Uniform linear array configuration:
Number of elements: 12
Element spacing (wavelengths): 1
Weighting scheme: blackman
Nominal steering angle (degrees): -30
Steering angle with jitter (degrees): -29.39
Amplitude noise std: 0.05
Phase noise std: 0.05

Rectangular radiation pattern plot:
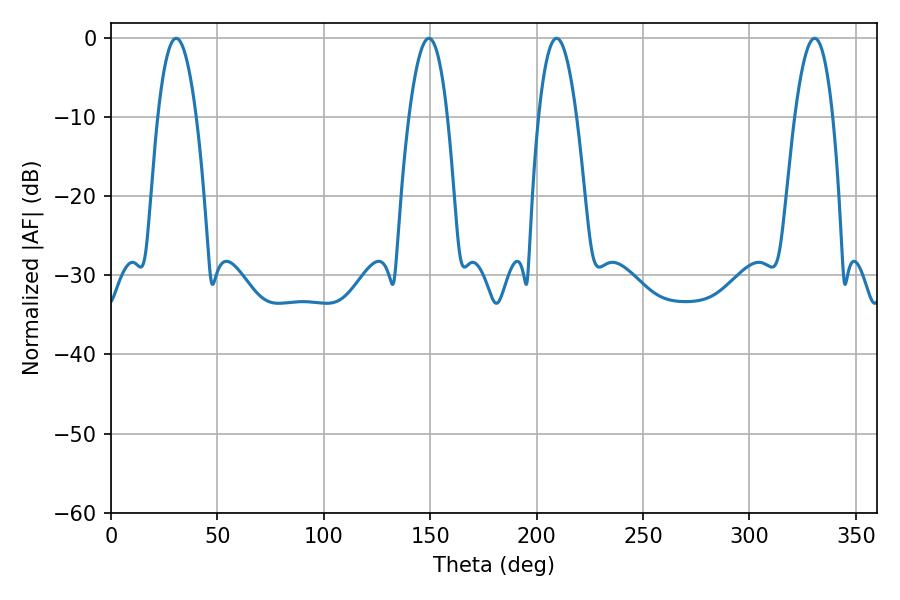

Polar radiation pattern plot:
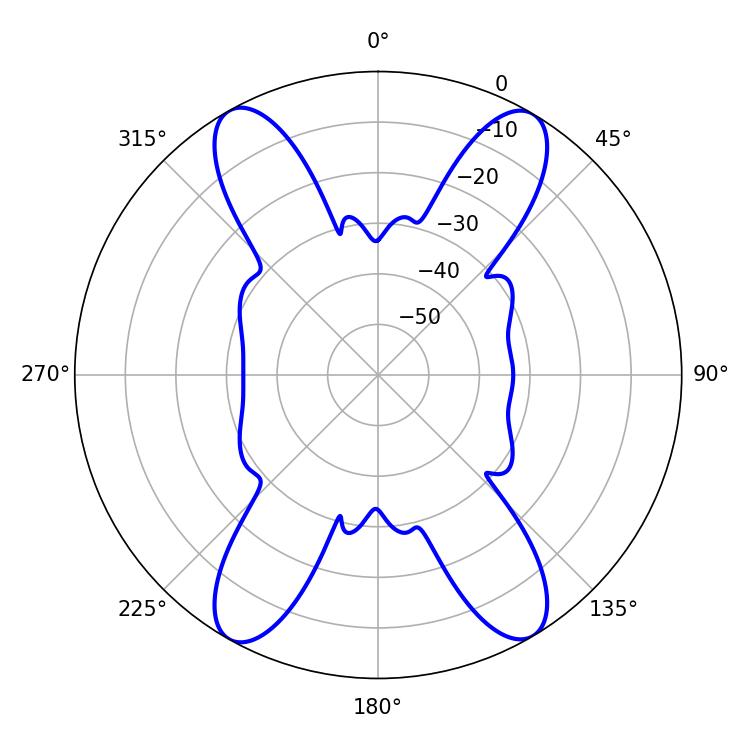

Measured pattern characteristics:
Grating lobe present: TRUE
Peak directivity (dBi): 23.659
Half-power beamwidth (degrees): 9.9
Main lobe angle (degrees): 30.6